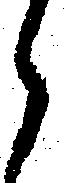
ら